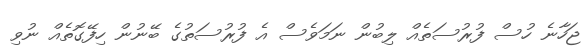
ޖަހާނެ ހުސް ފުރުސަތެއް ލިބުން ނަމަވެސް އެ ފުރުސަތުގެ ބޭނުން ހިފޭގޮތެއް ނުވި